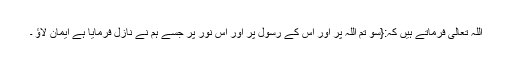
اللہ تعالی فرماتے ہیں کہ:{سو تم اللہ پر اور اس کے رسول پر اور اس نور پر جسے ہم نے نازل فرمایا ہے ایمان لاؤ ۔